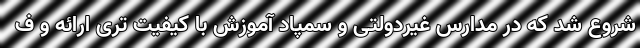
شروع شد که در مدارس غیردولتی و سمپاد آموزش با کیفیت تری ارائه و ف